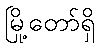
မြို့တော်ရှိ